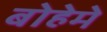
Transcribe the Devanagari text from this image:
बोहेमे